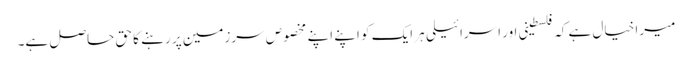
میرا خیال ہے کہ فلسطینی اور اسرائیلی ہر ایک کو اپنے اپنے مخصوص سرزمین پر رہنے کا حق حاصل ہے۔